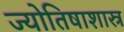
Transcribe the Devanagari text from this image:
ज्योतिषाशास्र